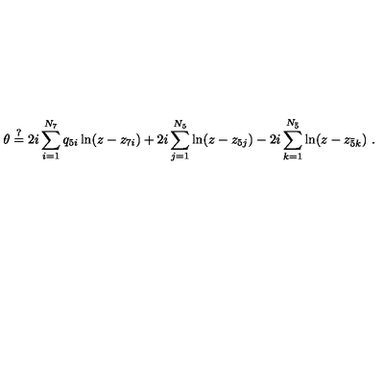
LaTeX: \theta \stackrel { ? } { = } 2 i \sum _ { i = 1 } ^ { N _ { 7 } } q _ { 5 i } \ln ( z - z _ { 7 i } ) + 2 i \sum _ { j = 1 } ^ { N _ { 5 } } \ln ( z - z _ { 5 j } ) - 2 i \sum _ { k = 1 } ^ { N _ { \bar { 5 } } } \ln ( z - z _ { \bar { 5 } k } ) \ .